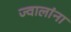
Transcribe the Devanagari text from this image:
ज्वालांना